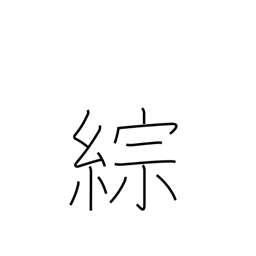
Meaning: synthesize